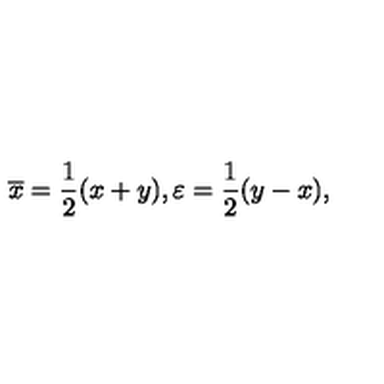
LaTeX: \overline { { x } } = \frac 1 2 ( x + y ) , \varepsilon = \frac 1 2 ( y - x ) ,